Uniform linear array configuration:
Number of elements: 24
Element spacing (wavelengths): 0.5
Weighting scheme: hamming
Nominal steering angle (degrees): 60
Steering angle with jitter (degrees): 58.016
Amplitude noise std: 0.05
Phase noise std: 0.05

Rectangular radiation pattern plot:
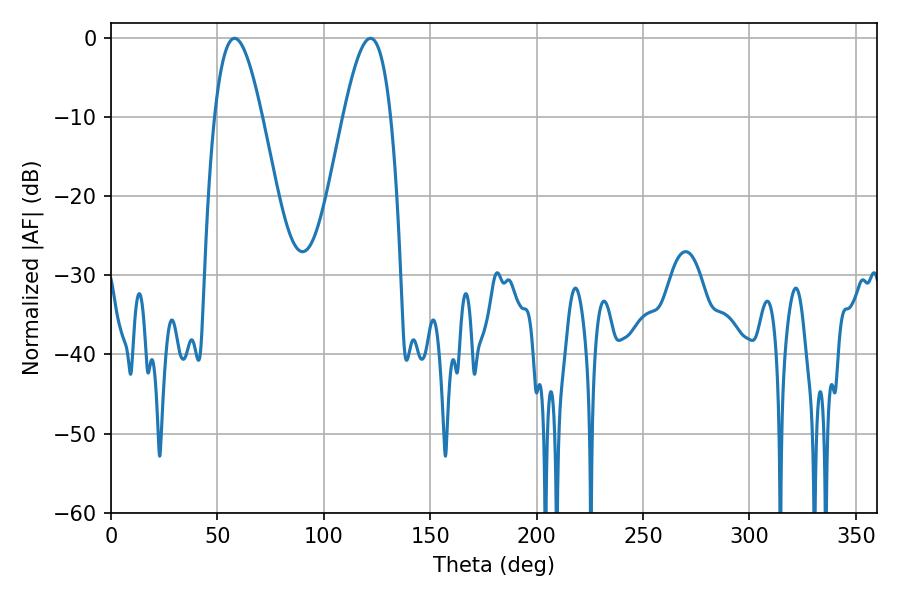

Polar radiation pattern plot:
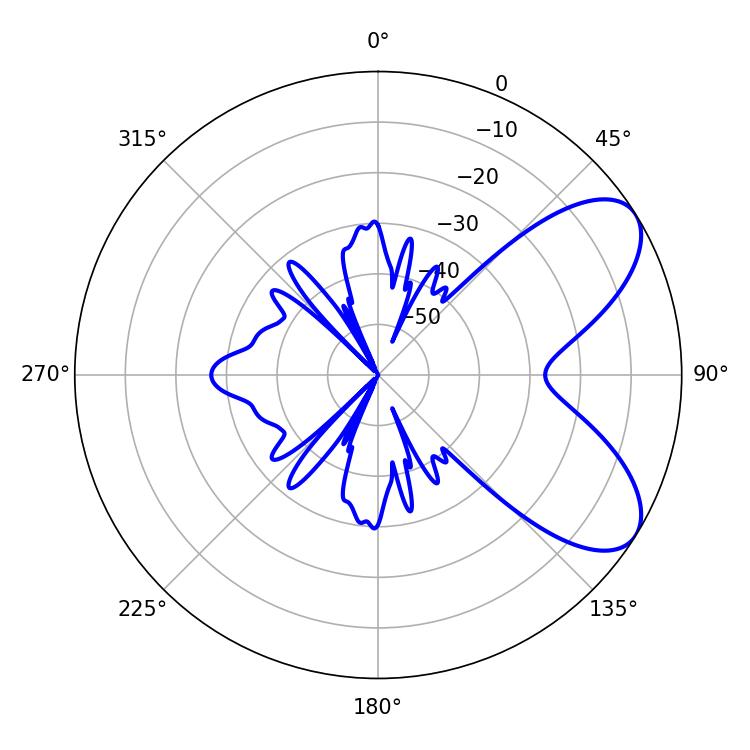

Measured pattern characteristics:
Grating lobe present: FALSE
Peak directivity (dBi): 7.068
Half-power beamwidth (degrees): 12.06
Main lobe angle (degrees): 58.14